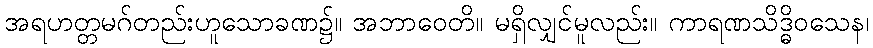
အရဟတ္တမဂ်တည်းဟူသောခဏ၌။ အဘာဝေတိ။ မရှိလျှင်မူလည်း။ ကာရဏသိဒ္ဓိဝသေန၊